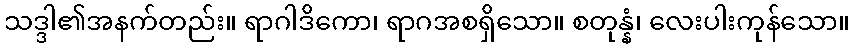
သဒ္ဒါ၏အနက်တည်း။ ရာဂါဒိကော၊ ရာဂအစရှိသော။ စတုန္နံ၊ လေးပါးကုန်သော။